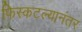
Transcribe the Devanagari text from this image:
फिस्कटल्यानंतर